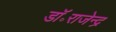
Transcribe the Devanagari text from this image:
डॉ॰राजेन्द्र